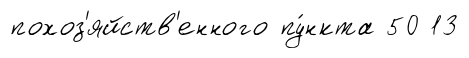
похоз'яйств'енного пу́нкта 50 13